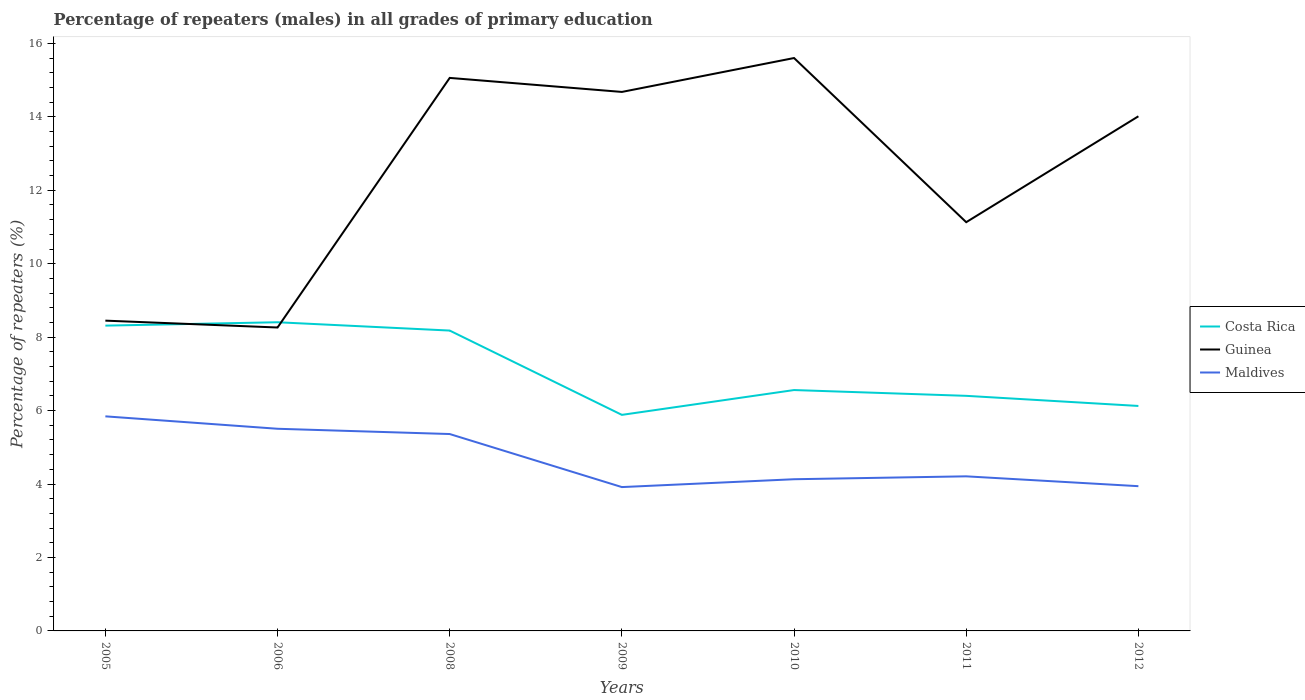
| Years | Costa Rica | Guinea | Maldives |
 | --- | --- | --- | --- |
 | 2005 | 8.31 | 8.45 | 5.84 |
 | 2006 | 8.41 | 8.26 | 5.5 |
 | 2008 | 8.18 | 15.1 | 5.36 |
 | 2009 | 5.88 | 14.7 | 3.92 |
 | 2010 | 6.56 | 15.6 | 4.13 |
 | 2011 | 6.4 | 11.1 | 4.21 |
 | 2012 | 6.13 | 14 | 3.94 |